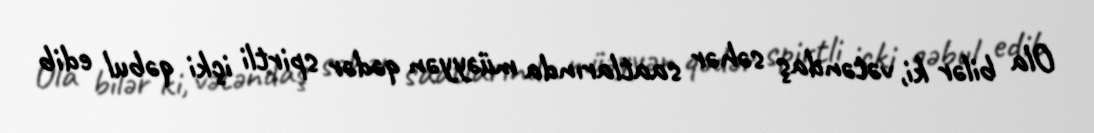
Ola bilər ki, vətəndaş səhər saatlarında müəyyən qədər spirtli içki qəbul edib